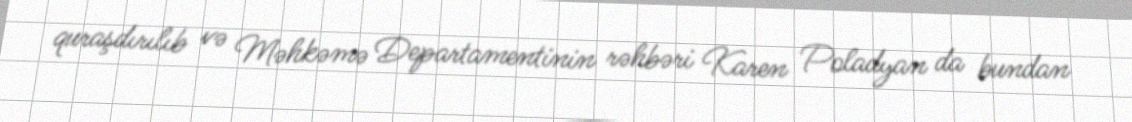
quraşdırılıb və Məhkəmə Departamentinin rəhbəri Karen Poladyan da bundan